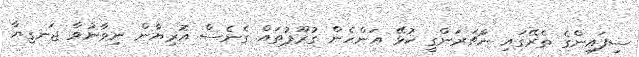
ސިފައިންގެ ތެރޭގައި ނާޗަރަންގީ ކުޅޭ އަންހެން ގުރޫޕުތައް ގެނެސް އޮރިޔާން ނިވާނުވާ ޖަނގިޔާ